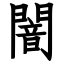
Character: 闇